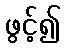
ဖွင့်၍